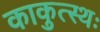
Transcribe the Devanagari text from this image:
काकुत्स्थः